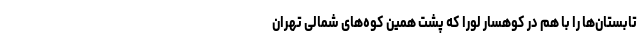
تابستان‌ها را با هم در کوهسار لورا که پشت همین کوه‌های شمالی تهران